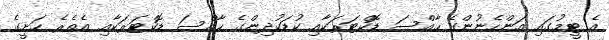
އެ ޓީމުގައި އަންހެނުންގެ ހާއްސަ ޑޮކްޓަރަކާއި ކުޑަކުދިންގެ ހާއްސަ ޑޮކްޓަރަކާއި އެތެރެ ހަށީގެ